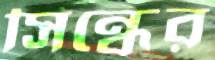
সিন্ধের